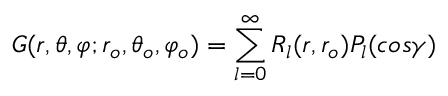
G ( r , \theta , \varphi ; r _ { o } , \theta _ { o } , \varphi _ { o } ) = \sum _ { l = 0 } ^ { \infty } R _ { l } ( r , r _ { o } ) P _ { l } ( c o s \gamma ) \,